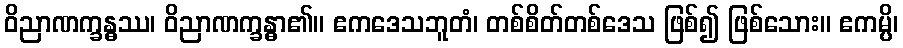
ဝိညာဏက္ခန္ဓဿ၊ ဝိညာဏက္ခန္ဓာ၏။ ဧကဒေသဘူတံ၊ တစ်စိတ်တစ်ဒေသ ဖြစ်၍ ဖြစ်သေား။ ဧကမ္ပိ၊